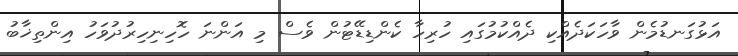
އަޅުގަނޑުމެން ވާހަކަދެއްކި ދެއްކުމުގައި ހުރިހާ ކެންޑިޑޭޓުން ވެސް މި އަންނަ ހޮހިނިހިރުދުވަހު އިންތިޚާބު